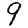
Digit: 9